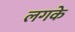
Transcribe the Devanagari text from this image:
लगके